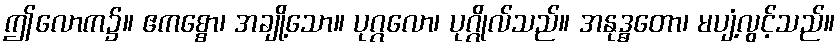
ဤလောက၌။ ဧကစ္စော၊ အချို့သော။ ပုဂ္ဂလော၊ ပုဂ္ဂိုလ်သည်။ အနုဒ္ဓတော၊ မပျံ့လွင့်သည်။